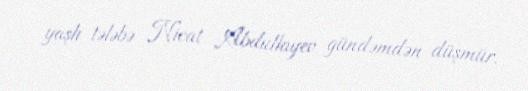
yaşlı tələbə Nicat Abdullayev gündəmdən düşmür.